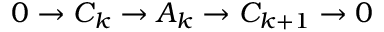
0 \to C _ { k } \to A _ { k } \to C _ { k + 1 } \to 0